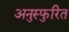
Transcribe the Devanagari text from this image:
अनुस्फुरित